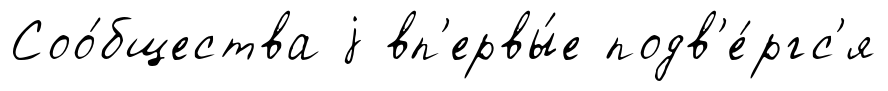
Соо́бщества j вп'ервы́е подв'е́ргс'я